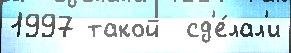
1997 такой  сд'е́лал'и